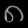
Digit: ၈